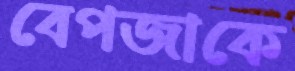
বেপজাকে